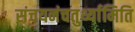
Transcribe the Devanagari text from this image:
संचयनंचतुर्थ्यामिति